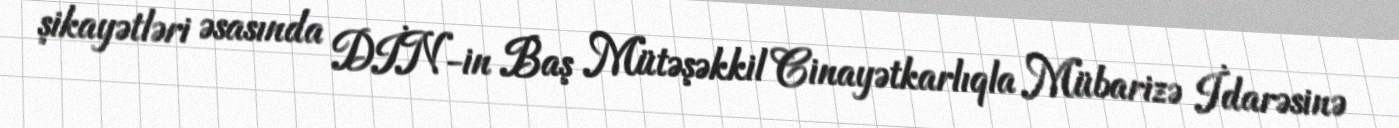
şikayətləri əsasında DİN-in Baş Mütəşəkkil Cinayətkarlıqla Mübarizə İdarəsinə